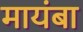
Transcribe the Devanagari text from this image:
मायंबा